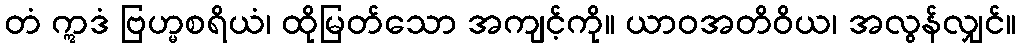
တံ ဣဒံ ဗြဟ္မစရိယံ၊ ထိုမြတ်သော အကျင့်ကို။ ယာဝအတိဝိယ၊ အလွန်လျှင်။